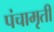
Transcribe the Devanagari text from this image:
पंचामृती